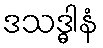
ဒသဒ္ဓါနံ